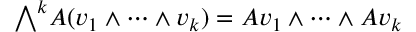
{ \textstyle \bigwedge } ^ { k } A ( v _ { 1 } \wedge \cdots \wedge v _ { k } ) = A v _ { 1 } \wedge \cdots \wedge A v _ { k }